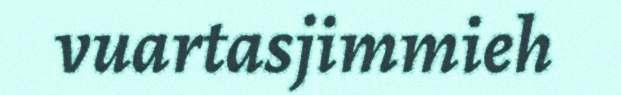
vuartasjimmieh